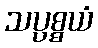
သပ္ပစ္စယံ